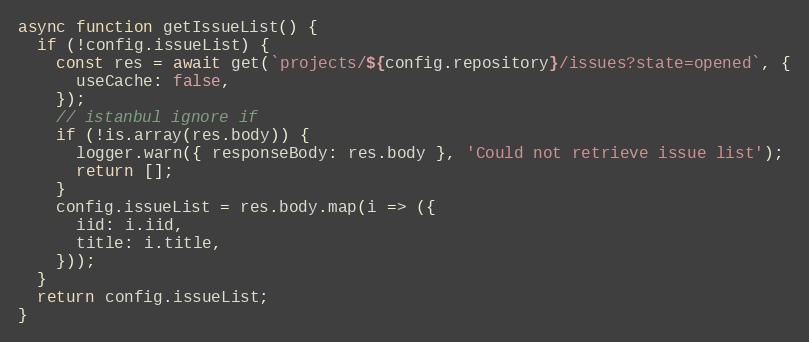
Language: JavaScript
async function getIssueList() {
  if (!config.issueList) {
    const res = await get(`projects/${config.repository}/issues?state=opened`, {
      useCache: false,
    });
    // istanbul ignore if
    if (!is.array(res.body)) {
      logger.warn({ responseBody: res.body }, 'Could not retrieve issue list');
      return [];
    }
    config.issueList = res.body.map(i => ({
      iid: i.iid,
      title: i.title,
    }));
  }
  return config.issueList;
}